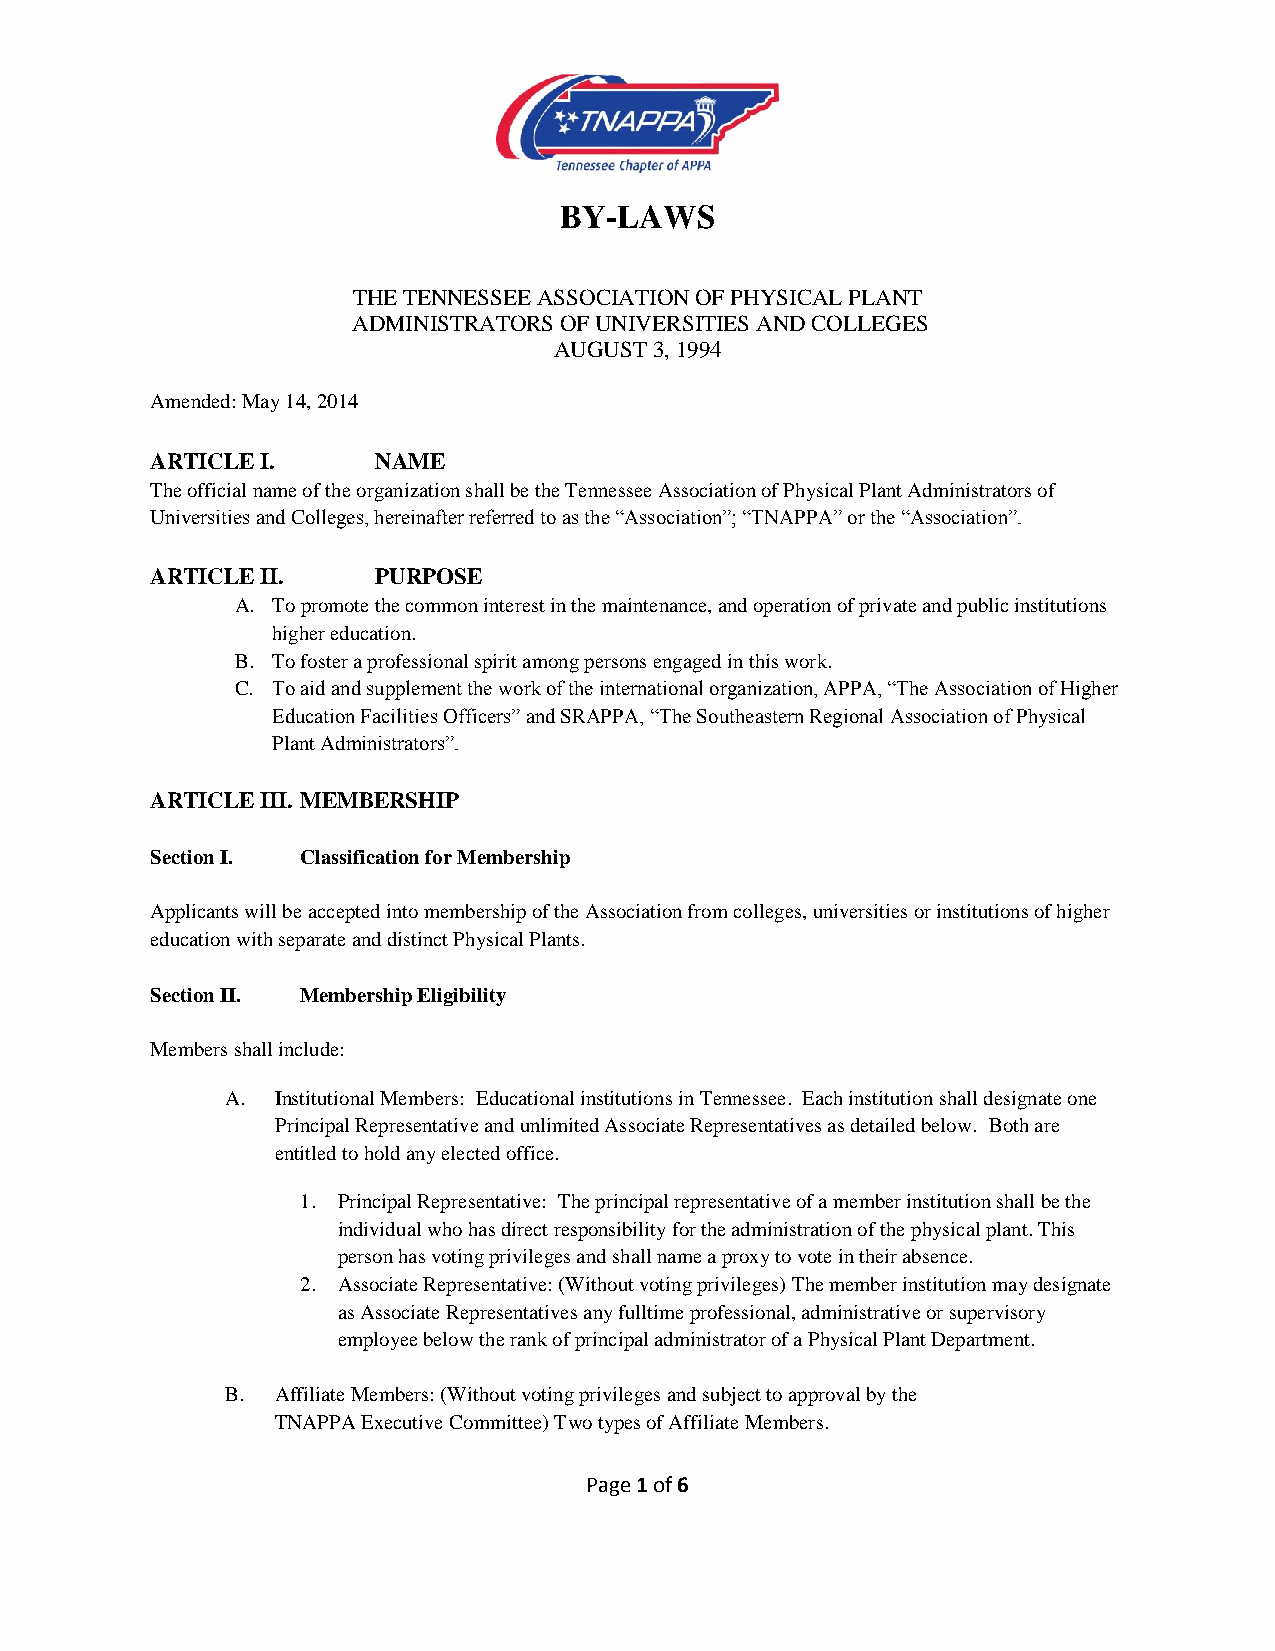
BY-LAWS
 THE TENNESSEE ASSOCIATION OF PHYSICAL PLANT
 ADMINISTRATORS OF UNIVERSITIES AND COLLEGES
 AUGUST 3, 1994
 Amended: May 14, 2014
 ARTICLE I.     NAME
 The official name of the organization shall be the Tennessee Association of Physical Plant Administrators of
 Universities and Colleges, hereinafter referred to as the “Association”; “TNAPPA” or the “Association”.
 ARTICLE II.    PURPOSE
 A. To promote the common interest in the maintenance, and operation of private and public institutions
 higher education.
 B. To foster a professional spirit among persons engaged in this work.
 C. To aid and supplement the work of the international organization, APPA, “The Association of Higher
 Education Facilities Officers” and SRAPPA, “The Southeastern Regional Association of Physical
 Plant Administrators”.
 ARTICLE III. MEMBERSHIP
 Section I. Classification for Membership
 Applicants will be accepted into membership of the Association from colleges, universities or institutions of higher
 education with separate and distinct Physical Plants.
 Section II. Membership Eligibility
 Members shall include:
 A. Institutional Members: Educational institutions in Tennessee. Each institution shall designate one
 Principal Representative and unlimited Associate Representatives as detailed below. Both are
 entitled to hold any elected office.
 1. Principal Representative: The principal representative of a member institution shall be the
 individual who has direct responsibility for the administration of the physical plant. This
 person has voting privileges and shall name a proxy to vote in their absence.
 2. Associate Representative: (Without voting privileges) The member institution may designate
 as Associate Representatives any fulltime professional, administrative or supervisory
 employee below the rank of principal administrator of a Physical Plant Department.
 B. Affiliate Members: (Without voting privileges and subject to approval by the
 TNAPPA Executive Committee) Two types of Affiliate Members.
 Page 1 of 6